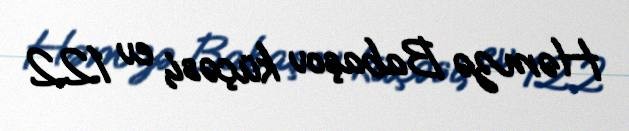
Həmzə Babaşov küçəsi, ev 122